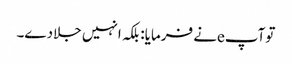
توآپeنے فرمایا: بلکہ انہیں جلادے۔